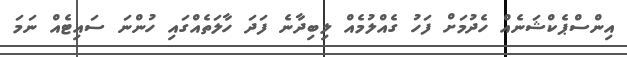
އިންސްޕެކްޝަނެއް ހެދުމަށް ފަހު ގެއްލުމެއް ލިބިދާނެ ފަދަ ހާލަތެއްގައި ހުންނަ ސައިޓެއް ނަމަ